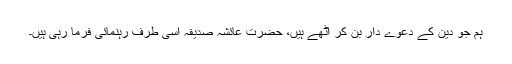
ہم جو دین کے دعوے دار بن کر اُٹھے ہیں، حضرت عائشہ صدیقہؓ اسی طرف رہنمائی فرما رہی ہیں۔